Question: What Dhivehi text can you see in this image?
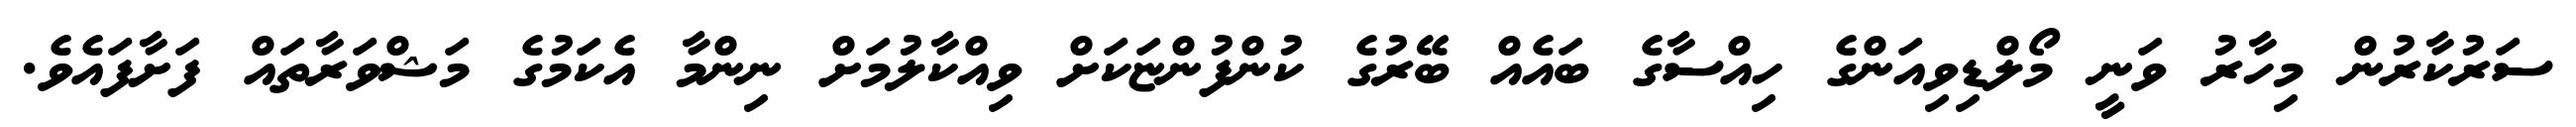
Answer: ސަރުކާރުން މިހާރު ވަނީ މޯލްޑިވިއަންގެ ހިއްސާގެ ބައެއް ބޭރުގެ ކުންފުންޏަކަށް ވިއްކާލުމަށް ނިންމާ އެކަމުގެ މަޝްވަރާތައް ފަށާފައެވެ.